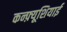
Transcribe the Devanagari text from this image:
कन्फ़्यूशियाई